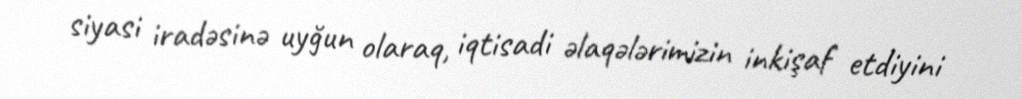
siyasi iradəsinə uyğun olaraq, iqtisadi əlaqələrimizin inkişaf etdiyini